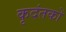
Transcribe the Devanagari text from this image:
कृदंतकों